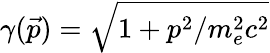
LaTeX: \gamma(\vec{p})=\sqrt{1+p^{2}/m_{e}^{2}c^{2}}